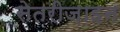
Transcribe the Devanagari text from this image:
सेतरीज़ाइन